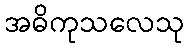
အဓိကုသလေသု